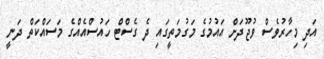
އަދި މިހާރުވެސް ވުޖޫދަށް އައުމުގެ މަގުމަތީގައި ދެ ގެސްޓް ހައުސްއެއްގެ މަސައްކަތް ދަނީ